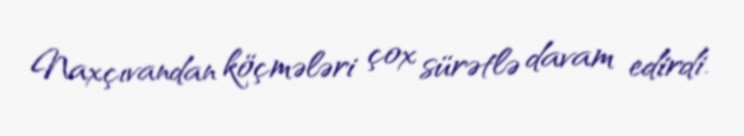
Naxçıvandan köçmələri çox sürətlə davam edirdi.